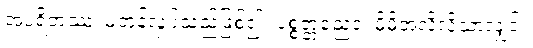
အပရိတဿံ၊ မတုန်လှုပ်သည်ဖြစ်၍။ ပစ္စတ္တညေဝ၊ မိမိအလိုလိုသာလျှင်။